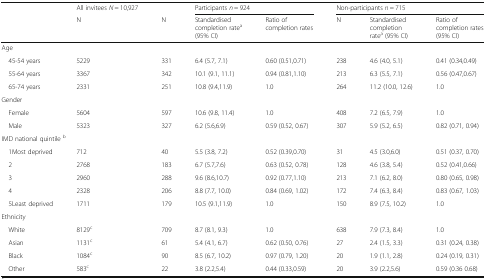
<table><thead><tr><td></td><td><b>All invitees <i>N</i> = 10,927</b></td><td></td><td colspan="2"><b>Participants <i>n</i> = 924</b></td><td colspan="3"><b>Non-participants <i>n</i> = 715</b></td></tr><tr><td></td><td><b>N</b></td><td><b>N</b></td><td><b>Standardised completion rate<sup>a</sup>(95% CI)</b></td><td><b>Ratio of completion rates</b></td><td><b>N</b></td><td><b>Standardised completion rate<sup>a</sup> (95% CI)</b></td><td><b>Ratio of completion rates(95% CI)</b></td></tr></thead><tbody><tr><td colspan="8">Age</td></tr><tr><td> 45-54 years</td><td>5229</td><td>331</td><td>6.4 (5.7, 7.1)</td><td>0.60 (0.51,0.71)</td><td>238</td><td>4.6 (4.0, 5.1)</td><td>0.41 (0.34,0.49)</td></tr><tr><td> 55-64 years</td><td>3367</td><td>342</td><td>10.1 (9.1, 11.1)</td><td>0.94 (0.81,1.10)</td><td>213</td><td>6.3 (5.5, 7.1)</td><td>0.56 (0.47,0.67)</td></tr><tr><td> 65-74 years</td><td>2331</td><td>251</td><td>10.8 (9.4,11.9)</td><td>1.0</td><td>264</td><td>11.2 (10.0, 12.6)</td><td>1.0</td></tr><tr><td colspan="8">Gender</td></tr><tr><td> Female</td><td>5604</td><td>597</td><td>10.6 (9.8, 11.4)</td><td>1.0</td><td>408</td><td>7.2 (6.5, 7.9)</td><td>1.0</td></tr><tr><td> Male</td><td>5323</td><td>327</td><td>6.2 (5.6,6.9)</td><td>0.59 (0.52, 0.67)</td><td>307</td><td>5.9 (5.2, 6.5)</td><td>0.82 (0.71, 0.94)</td></tr><tr><td colspan="8">IMD national quintile <sup>b</sup></td></tr><tr><td> 1Most deprived</td><td>712</td><td>40</td><td>5.5 (3.8, 7.2)</td><td>0.52 (0.39,0.70)</td><td>31</td><td>4.5 (3.0,6.0)</td><td>0.51 (0.37, 0.70)</td></tr><tr><td> 2</td><td>2768</td><td>183</td><td>6.7 (5.7,7.6)</td><td>0.63 (0.52, 0.78)</td><td>128</td><td>4.6 (3.8, 5.4)</td><td>0.52 (0.41,0.66)</td></tr><tr><td> 3</td><td>2960</td><td>288</td><td>9.6 (8.6,10.7)</td><td>0.92 (0.77,1.10)</td><td>213</td><td>7.1 (6.2, 8.0)</td><td>0.80 (0.65, 0.98)</td></tr><tr><td> 4</td><td>2328</td><td>206</td><td>8.8 (7.7, 10.0)</td><td>0.84 (0.69, 1.02)</td><td>172</td><td>7.4 (6.3, 8.4)</td><td>0.83 (0.67, 1.03)</td></tr><tr><td> 5Least deprived</td><td>1711</td><td>179</td><td>10.5 (9.1,11.9)</td><td>1.0</td><td>150</td><td>8.9 (7.5, 10.2)</td><td>1.0</td></tr><tr><td colspan="8">Ethnicity</td></tr><tr><td> White</td><td>8129<sup>c</sup></td><td>709</td><td>8.7 (8.1, 9.3)</td><td>1.0</td><td>638</td><td>7.9 (7.3, 8.4)</td><td>1.0</td></tr><tr><td> Asian</td><td>1131<sup>c</sup></td><td>61</td><td>5.4 (4.1, 6.7)</td><td>0.62 (0.50, 0.76)</td><td>27</td><td>2.4 (1.5, 3.3)</td><td>0.31 (0.24, 0.38)</td></tr><tr><td> Black</td><td>1084<sup>c</sup></td><td>90</td><td>8.5 (6.7, 10.2)</td><td>0.97 (0.79, 1.20)</td><td>20</td><td>1.9 (1.1, 2.8)</td><td>0.24 (0.19, 0.31)</td></tr><tr><td> Other</td><td>583<sup>c</sup></td><td>22</td><td>3.8 (2.2,5.4)</td><td>0.44 (0.33,0.59)</td><td>20</td><td>3.9 (2.2,5.6)</td><td>0.59 (0.36 0.68)</td></tr></tbody></table>